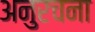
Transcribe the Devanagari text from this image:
अनुरचना